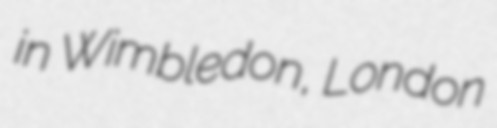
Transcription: in Wimbledon, London